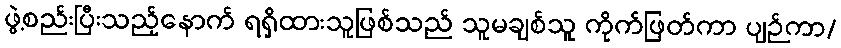
ဖွဲ့စည်းပြီးသည့်နောက် ရရှိထားသူဖြစ်သည် သူမချစ်သူ ကိုက်ဖြတ်ကာ ပျဉ်ကာ/